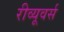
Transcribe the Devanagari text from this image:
रीव्यूवर्स